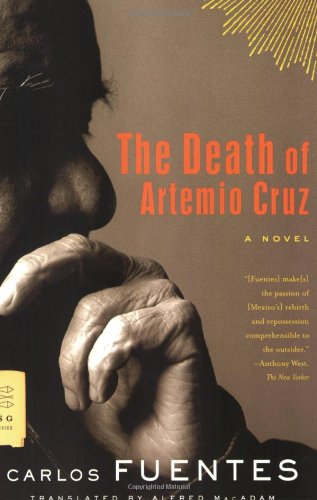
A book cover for The Death of Artemio Cruz: A Novel (FSG Classics); Carlos Fuentes; Science Fiction & Fantasy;